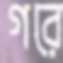
গরে